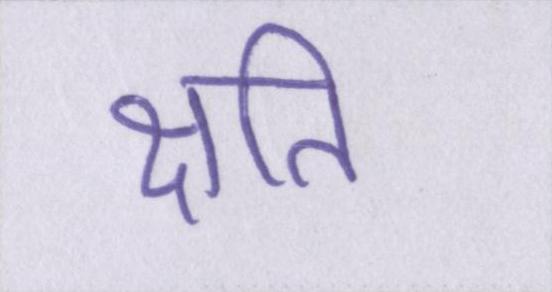
क्षति